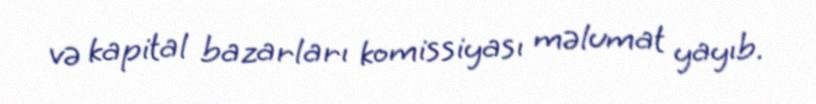
və kapital bazarları komissiyası məlumat yayıb.